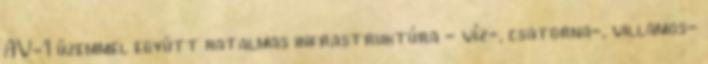
AV-1 üzemmel együtt hatalmas infrastruktúra - víz-, csatorna-, villamos-